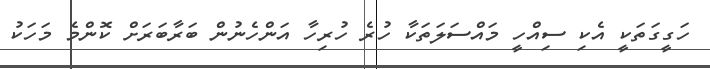
ހަގީގަތަކީ އެކި ސިއްހީ މައްސަލަތަކާ ހުރެ ހުރިހާ އަންހެނުން ބަރާބަރަށް ކޮންމެ މަހަކު